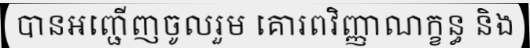
បានអញ្ជើញចូលរួម គោរពវិញ្ញាណក្ខន្ធ និង